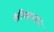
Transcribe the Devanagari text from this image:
क्षीणपापः